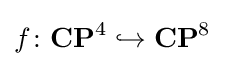
f\colon \mathbf {CP} ^{4}\hookrightarrow \mathbf {CP} ^{8}